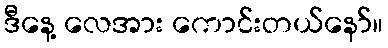
ဒီနေ့ လေအား ကောင်းတယ်နော်။